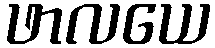
ဖာလယေ